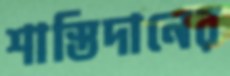
শাস্তিদানের